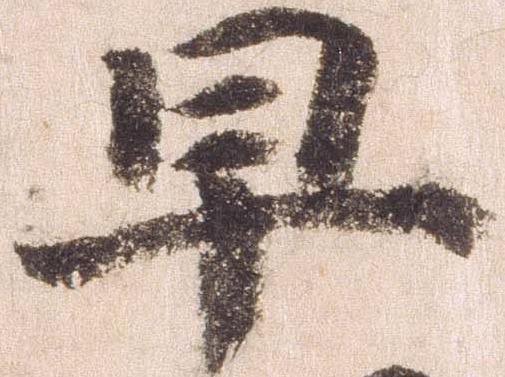
早